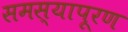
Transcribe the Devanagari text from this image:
समस्यापूरण